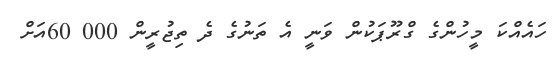
ހައެއްކަ މީހުންގެ ގްރޫޕަކުން ވަނީ އެ ތަނުގެ ދެ ތިޖުރީން 000 60އަށް